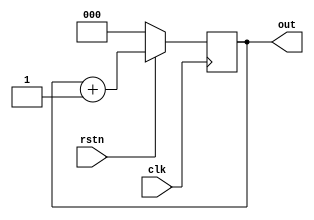

module counter1 ( input clk, 
input rstn, 
output reg[2:0] out); 
initial out<=0;
always @ (posedge clk) begin
if (! rstn) begin
  out<=0;
end
else begin
  out <= out+1;
end
end
endmodule

module counter2(input clk,input rstn,output reg[2:0]out);
reg[2:0]temp;
initial begin
  temp<=0;
  out<=0;
end
always @(posedge clk) begin
  if(!rstn) begin
    temp<=out<=0;
  end
  else begin
    temp<=temp+1;
    if(temp==3'b111) begin
      out<=out+1;
    end
  end
end

endmodule

module counter3(input clk,input rstn,output reg[5:0] out);
initial out<=0;
always @(posedge clk) begin
  if(!rstn) begin
    out<=0;
  end
  else begin
    out<=out+1;
  end
end

endmodule